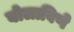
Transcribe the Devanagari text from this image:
बोलाविणे